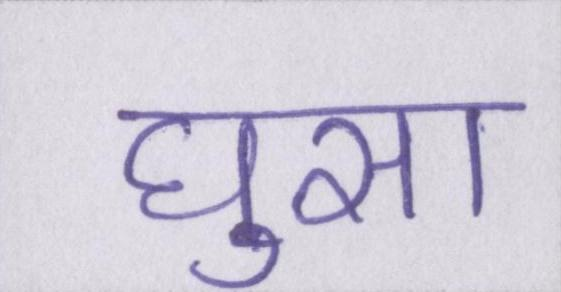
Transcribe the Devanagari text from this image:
घुसा